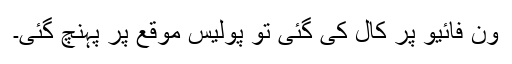
ون فائیو پر کال کی گئی تو پولیس موقع پر پہنچ گئی۔